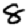
Digit: 8